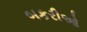
બકરીઓ